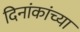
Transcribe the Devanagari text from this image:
दिनांकांच्या